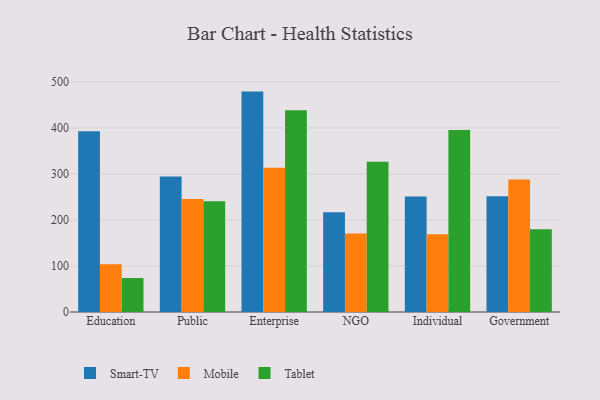
{"axis": {"x": "Segment", "y": "Bounce Rate (%)"}, "legend": ["Mobile", "Smart-TV", "Tablet"], "data": [{"x": "Education", "y": 392.7, "type": "Smart-TV"}, {"x": "Education", "y": 104.0, "type": "Mobile"}, {"x": "Education", "y": 73.8, "type": "Tablet"}, {"x": "Public", "y": 294.3, "type": "Smart-TV"}, {"x": "Public", "y": 245.6, "type": "Mobile"}, {"x": "Public", "y": 240.8, "type": "Tablet"}, {"x": "Enterprise", "y": 478.9, "type": "Smart-TV"}, {"x": "Enterprise", "y": 313.6, "type": "Mobile"}, {"x": "Enterprise", "y": 438.4, "type": "Tablet"}, {"x": "NGO", "y": 216.9, "type": "Smart-TV"}, {"x": "NGO", "y": 170.5, "type": "Mobile"}, {"x": "NGO", "y": 326.7, "type": "Tablet"}, {"x": "Individual", "y": 251.1, "type": "Smart-TV"}, {"x": "Individual", "y": 169.0, "type": "Mobile"}, {"x": "Individual", "y": 395.6, "type": "Tablet"}, {"x": "Government", "y": 251.7, "type": "Smart-TV"}, {"x": "Government", "y": 288.1, "type": "Mobile"}, {"x": "Government", "y": 179.9, "type": "Tablet"}]}